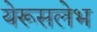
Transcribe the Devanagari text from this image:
येरूसलेभ